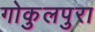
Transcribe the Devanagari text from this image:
गोकुलपुरा